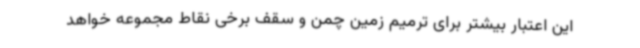
این اعتبار بیشتر برای ترمیم زمین چمن و سقف برخی نقاط مجموعه خواهد